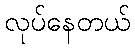
လုပ်နေတယ်